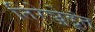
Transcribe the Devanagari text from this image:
तिरेञ्जेडूंत